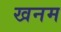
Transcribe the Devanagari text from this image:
खनम